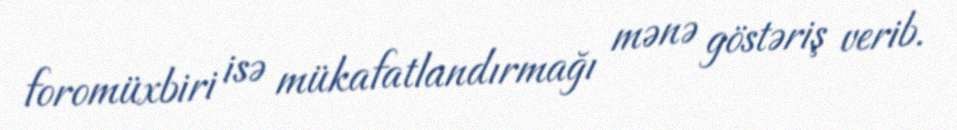
foromüxbiri isə mükafatlandırmağı mənə göstəriş verib.